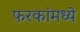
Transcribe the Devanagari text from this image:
फरकांमध्ये